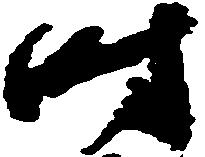
時